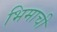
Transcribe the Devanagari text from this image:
भिमाची